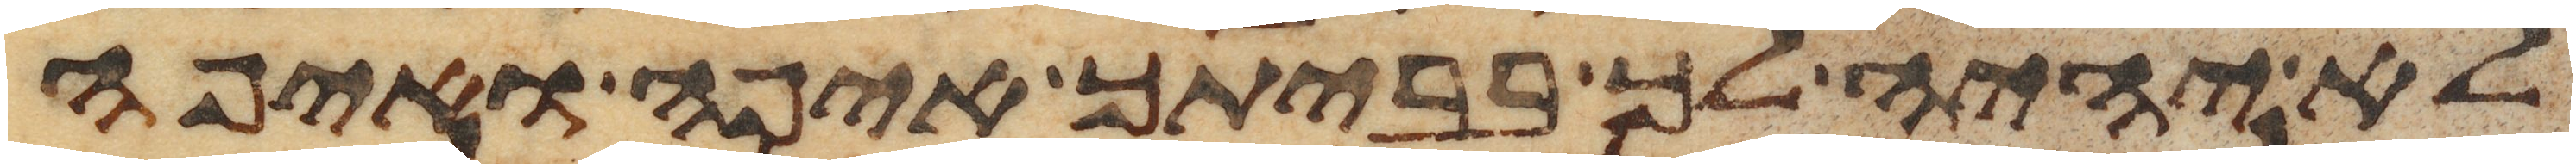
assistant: לא יהיה לך בביתך איפה ואיפה